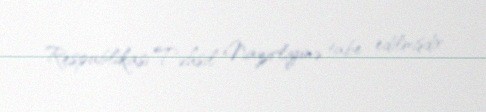
Respublikası Təhsil Nazirliyinə tabe edilmişdir.